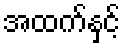
အထက်နှင့်